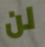
لن